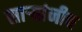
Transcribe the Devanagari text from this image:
सार्‍यांनीच